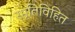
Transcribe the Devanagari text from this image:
स्मृतिविहित